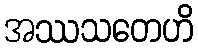
အဿသတေဟိ